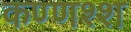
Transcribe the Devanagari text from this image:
कण्णश्श